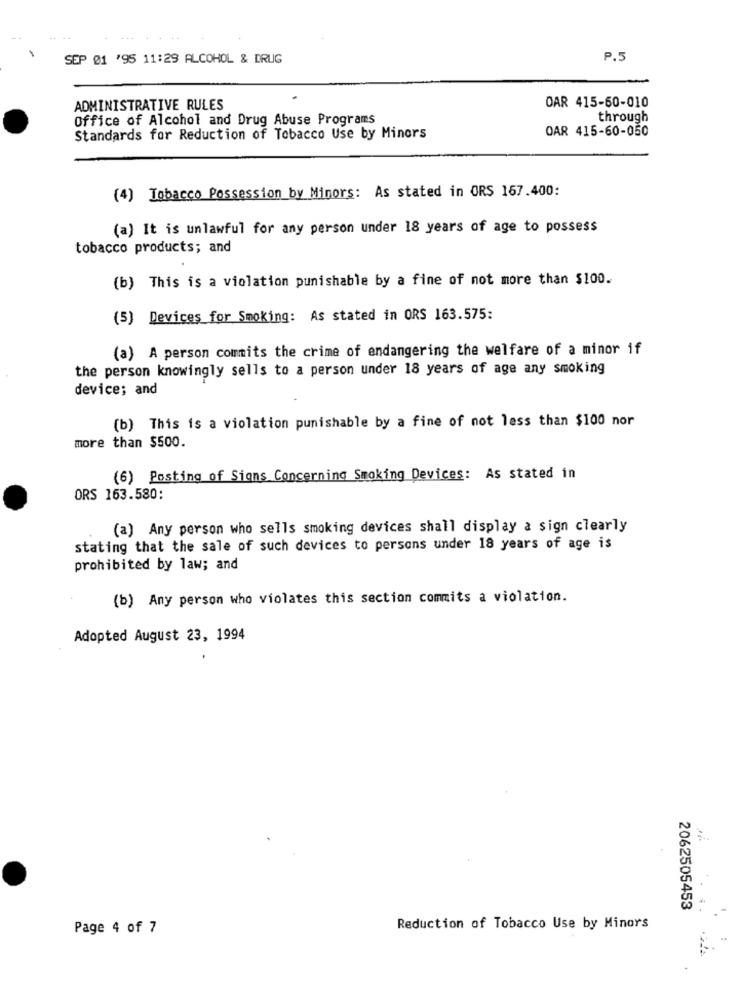
SEP 01 '95 11:29 ALCOHOL & DRUG
P.5
ADMINISTRATIVE RULES
OAR 415-60-010
Office of Alcohol and Drug Abuse Programs
through
OAR 415-60-050
Standards for Reduction of Tobacco Use by Minors
(4) Tobacco Possession by Minors: As stated in ORS 167.400:
(a) It is unlawful for any person under 18 years of age to possess
tobacco products; and
(b) This is a violation punishable by a fine of not more than $100.
(5) Devices for Smoking: As stated in ORS 163.575:
(a) A person commits the crime of endangering the welfare of a minor if
the person knowingly sells to a person under 18 years of age any smoking
device; and
(b) This is a violation punishable by a fine of not less than $100 nor
more than $500.
(6) Posting of Signs Concerning Smoking Devices: As stated in
ORS 163.580:
(a) Any person who sells smoking devices shall display a sign clearly
stating that the sale of such devices to persons under 18 years of age is
prohibited by law; and
(b) Any person who violates this section commits a violation.
Adopted August 23, 1994
2062505453
Page 4 of 7
Reduction of Tobacco Use by Minors